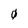
Character: 0